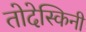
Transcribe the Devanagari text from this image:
तोदेस्किनी